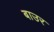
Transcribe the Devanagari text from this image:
बाउर